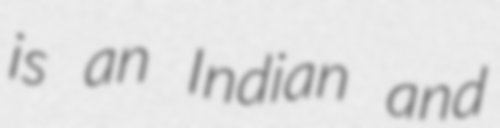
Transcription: is an Indian and